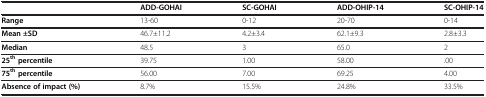
<table><thead><tr><td><b> </b></td><td><b>ADD-GOHAI</b></td><td><b>SC-GOHAI</b></td><td><b>ADD-OHIP-14</b></td><td><b>SC-OHIP-14</b></td></tr></thead><tbody><tr><td><b>Range</b></td><td>13-60</td><td>0-12</td><td>20-70</td><td>0-14</td></tr><tr><td><b>Mean ±SD</b></td><td>46.7±11.2</td><td>4.2±3.4</td><td>62.1±9.3</td><td>2.8±3.3</td></tr><tr><td><b>Median</b></td><td>48.5</td><td>3</td><td>65.0</td><td>2</td></tr><tr><td><b>25</b><sup><b>th </b></sup><b>percentile</b></td><td>39.75</td><td>1.00</td><td>58.00</td><td>.00</td></tr><tr><td><b>75</b><sup><b>th </b></sup><b>percentile</b></td><td>56.00</td><td>7.00</td><td>69.25</td><td>4.00</td></tr><tr><td><b>Absence of impact (%)</b></td><td>8.7%</td><td>15.5%</td><td>24.8%</td><td>33.5%</td></tr></tbody></table>